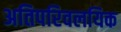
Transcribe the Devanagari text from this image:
अतिपरिवलयिक